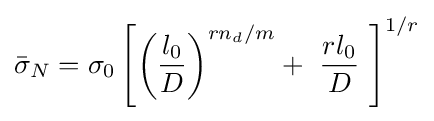
{\bar {\sigma }}_{N}=\sigma _{0}\left[\left({\frac {l_{0}}{D}}\right)^{rn_{d}/m}+\ {\frac {rl_{0}}{D}}\ \right]^{1/r}